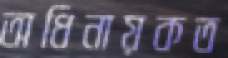
অধিনায়কত